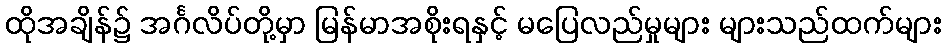
ထိုအချိန်၌ အင်္ဂလိပ်တို့မှာ မြန်မာအစိုးရနှင့် မပြေလည်မှုများ များသည်ထက်များ